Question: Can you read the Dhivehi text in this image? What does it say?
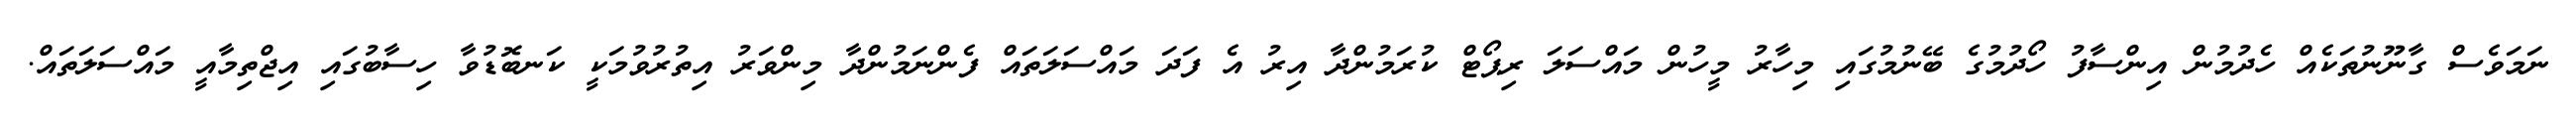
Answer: ނަމަވެސް ގާނޫނުތަކެއް ހެދުމުން އިންސާފު ހޯދުމުގެ ބޭނުމުގައި މިހާރު މީހުން މައްސަލަ ރިޕޯޓް ކުރަމުންދާ އިރު އެ ފަދަ މައްސަލަތައް ފެންނަމުންދާ މިންވަރު އިތުރުވުމަކީ ކަނބޮޑުވާ ހިސާބުގައި އިޖްތިމާއީ މައްސަލަތައް.